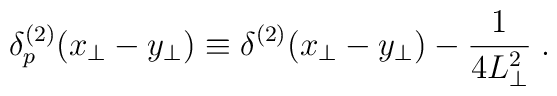
\delta_p^{(2)}(x_\perp - y_\perp) \equiv \delta^{(2)}(x_\perp -y_\perp) - {1\over {4L_\perp^2}}\; .